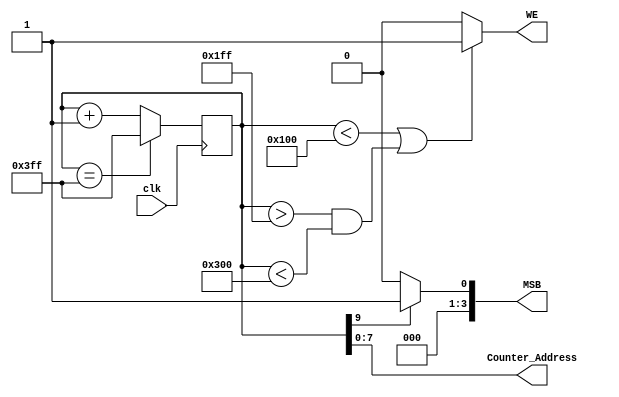
`timescale 1ns / 1ps
//////////////////////////////////////////////////////////////////////////////////
// Company: 
// Engineer: 
// 
// Design Name: 
// Module Name: Counter
// Project Name: 
// Target Devices: 
// Tool Versions: 
// Description: 
// 
// Dependencies: 
// 
// Revision:
// Revision 0.01 - File Created
// Additional Comments:
// 
//////////////////////////////////////////////////////////////////////////////////


module Counter(
input clk,
output [7: 0] Counter_Address,
output WE,
output [3 : 0] MSB
    );
    
    reg [9 : 0] Counter =0;
    always @ (posedge clk)
    begin
    
    Counter <= Counter +1 ;
    if (Counter == 1023) 
    begin
    Counter <= 1023; 
    end
    end
   
assign WE =(Counter <256 || (Counter> 511 && Counter < 768)) ? 1 : 0;
assign Counter_Address =  Counter[7:0]; 
assign MSB = (Counter[9])? 1 :0;       
    
endmodule